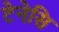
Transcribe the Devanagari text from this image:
टेनेसि